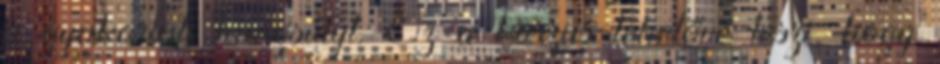
a gyakorlati hangsúlyt. Ez a kurzus lehetővé teszi, hogy